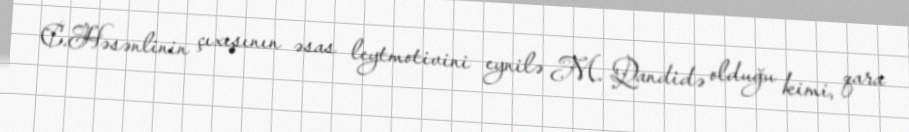
C.Həsənlinin çıxışının əsas leytmotivini eynilə M. Qandidə olduğu kimi, qara